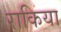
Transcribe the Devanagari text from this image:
राकिया